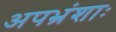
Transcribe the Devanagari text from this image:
अपभ्रंशाः